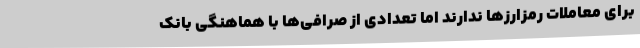
برای معاملات رمزارزها ندارند اما تعدادی از صرافی‌ها با هماهنگی بانک